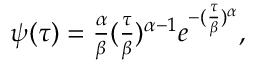
\begin{array} { r } { \psi ( \tau ) = \frac { \alpha } { \beta } ( \frac { \tau } { \beta } ) ^ { \alpha - 1 } e ^ { - ( \frac { \tau } { \beta } ) ^ { \alpha } } , } \end{array}